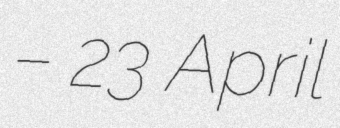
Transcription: – 23 April